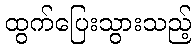
ထွက်ပြေးသွားသည့်